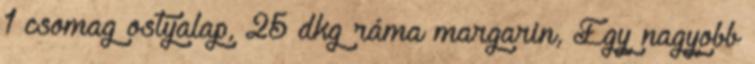
1 csomag ostyalap, 25 dkg ráma margarin, Egy nagyobb